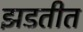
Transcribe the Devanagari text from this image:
झडतीत